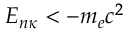
E _ { n \kappa } < - m _ { e } c ^ { 2 }